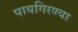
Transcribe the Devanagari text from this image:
पायगिरण्या